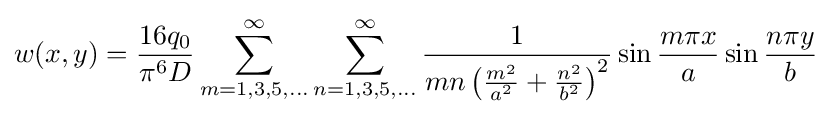
w(x,y)={\frac {16q_{0}}{\pi ^{6}D}}\sum _{m=1,3,5,...}^{\infty }\sum _{n=1,3,5,...}^{\infty }{\frac {1}{mn\left({\frac {m^{2}}{a^{2}}}+{\frac {n^{2}}{b^{2}}}\right)^{2}}}\sin {\frac {m\pi x}{a}}\sin {\frac {n\pi y}{b}}